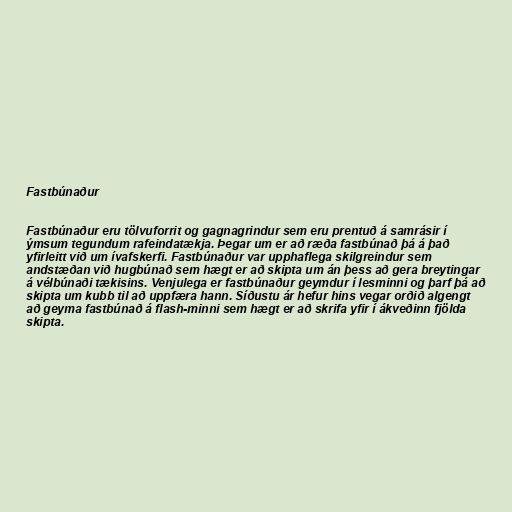
Fastbúnaður

Fastbúnaður eru tölvuforrit og gagnagrindur sem eru prentuð á samrásir í
ýmsum tegundum rafeindatækja. Þegar um er að ræða fastbúnað þá á það
yfirleitt við um ívafskerfi. Fastbúnaður var upphaflega skilgreindur sem
andstæðan við hugbúnað sem hægt er að skipta um án þess að gera breytingar
á vélbúnaði tækisins. Venjulega er fastbúnaður geymdur í lesminni og þarf þá að
skipta um kubb til að uppfæra hann. Síðustu ár hefur hins vegar orðið algengt
að geyma fastbúnað á flash-minni sem hægt er að skrifa yfir í ákveðinn fjölda
skipta.